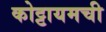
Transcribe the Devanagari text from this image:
कोट्टायमची